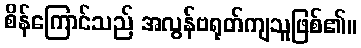
စိန်ကြောင်သည် အလွန်ဗရုတ်ကျသူဖြစ်၏။